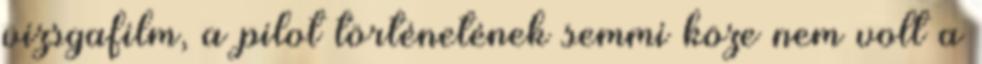
vizsgafilm, a pilot történetének semmi köze nem volt a